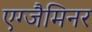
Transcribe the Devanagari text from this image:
एग्जैमिनर